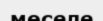
мөселе